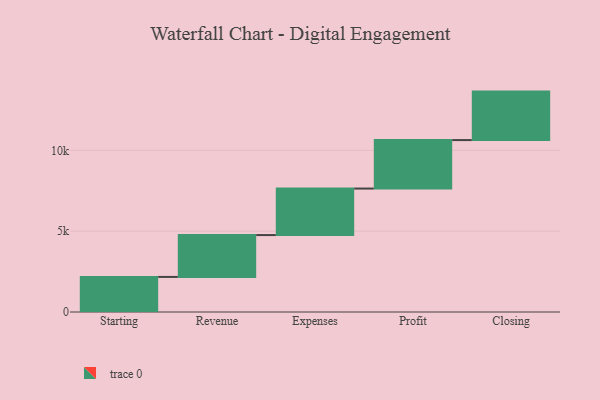
{"axis": {"x": "Step", "y": "Value"}, "legend": [""], "data": [{"x": "Starting", "y": 2171.0, "type": ""}, {"x": "Revenue", "y": 2589.0, "type": ""}, {"x": "Expenses", "y": 2878.0, "type": ""}, {"x": "Profit", "y": 3000, "type": ""}, {"x": "Closing", "y": 3000, "type": ""}]}